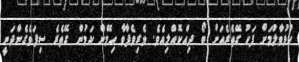
ހުޅުވާލުމަށް ފަހު ގޭތެރެއަށް ބޯ ދިއްކޮއްލިއެވެ. ވެރިވެފާވާ ހިމޭން ކަމުން ގޭތެރެ ސިފަވެގެންދަނީ